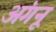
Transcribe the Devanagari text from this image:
अंगनू